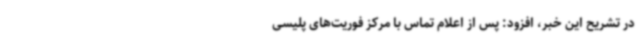
در تشریح این خبر، افزود: پس از اعلام تماس با مرکز فوریت‌های پلیسی